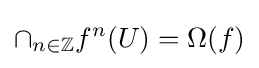
\cap _{n\in \mathbb {Z} }f^{n}(U)=\Omega (f)